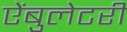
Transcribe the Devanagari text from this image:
ऐंबुलेटरी